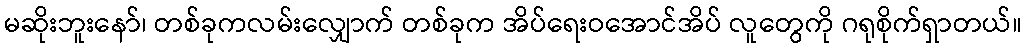
မဆိုးဘူးနော်၊ တစ်ခုကလမ်းလျှောက် တစ်ခုက အိပ်ရေးဝအောင်အိပ် လူတွေကို ဂရုစိုက်ရှာတယ်။